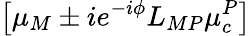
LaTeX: \left[\mu_{M}\pm ie^{-i\phi}L_{MP}\mu_{c}^{P}\right]